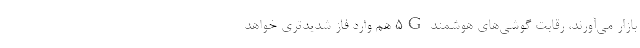
بازار می‌آورند، رقابت گوشی‌های هوشمند 5G هم وارد فاز شدیدتری خواهد